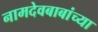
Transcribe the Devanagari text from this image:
नामदेवबाबांच्या